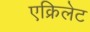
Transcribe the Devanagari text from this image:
एक्रिलेट